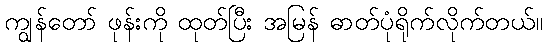
ကျွန်တော် ဖုန်းကို ထုတ်ပြီး အမြန် ဓာတ်ပုံရိုက်လိုက်တယ်။